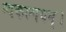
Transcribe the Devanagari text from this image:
व्यकल्पयन्।